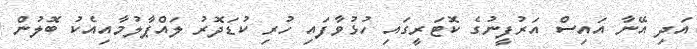
އަދި އޭނާ އައިސް އަރުފީނުގެ ކޮޓަރީގައި ހުޅުވާފައި ހުރި ކުޑަދޮރު ލައްޕާލުމާއިއެކު ބޮލުން